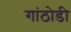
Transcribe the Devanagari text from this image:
गांठोडी